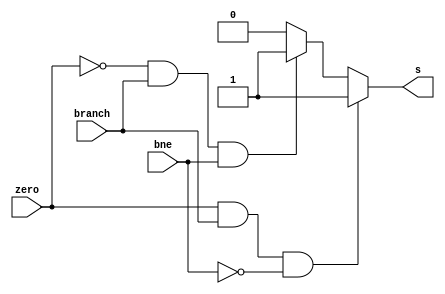

module branch(input zero,branch,bne, output reg s);

always@(zero,branch,bne)
begin
if (zero == 1 && branch == 1 && bne == 0) s = 1;
else if (zero == 0 && branch == 1 && bne == 1) s = 1;
else s = 0;
end


endmodule